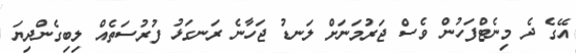
އޭގެ ދެ މިނެޓްފަހުން ވެސް ޖަރުމަނަށް ލަނޑު ޖަހާނެ ރަނގަޅު ފުރުސަތެއް ލިބިގެންދިޔަ